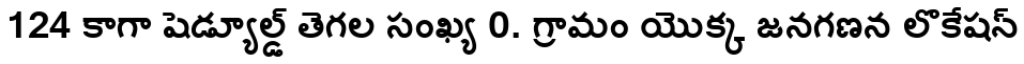
124 కాగా షెడ్యూల్డ్ తెగల సంఖ్య 0. గ్రామం యొక్క జనగణన లొకేషన్